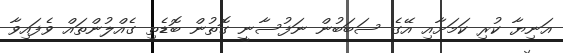
އަނިޔާ ކުރި ކަމަށާއި އޭގެ ސަބަބުން ނަފުސާނީ ގޮތުން ބޮޑެތި ގެއްލުންތައް ވެފައިވާ